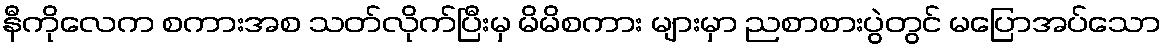
နီကိုလေက စကားအစ သတ်လိုက်ပြီးမှ မိမိစကား များမှာ ညစာစားပွဲတွင် မပြောအပ်သော